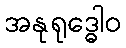
အနုရုဒ္ဓေါဝ